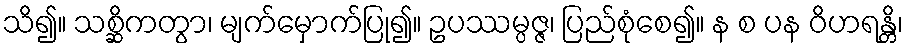
သိ၍။ သစ္ဆိကတွာ၊ မျက်မှောက်ပြု၍။ ဥပဿမ္ပဇ္ဇ၊ ပြည်စုံစေ၍။ န စ ပန ဝိဟရန္တိ၊